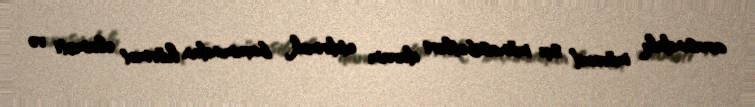
arasındakı mövcud sıx münasibətləri davam etdirmək baxımından hörmət əlaməti və